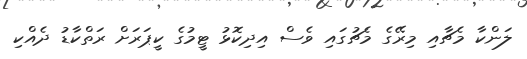
ލަންކާ މެޗާއި މިރޭގެ މެޗުގައި ވެސް އިދިކޮޅު ޓީމުގެ ކީޕަރަށް ރަތްކާޑު ދެއްކި